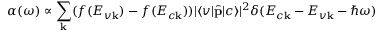
\alpha ( \omega ) \propto \sum _ { \mathbf { k } } ( f ( E _ { v \mathbf { k } } ) - f ( E _ { c \mathbf { k } } ) ) | \langle v | \hat { \mathbf { p } } | c \rangle | ^ { 2 } \delta ( { E _ { c \mathbf { k } } - E _ { v \mathbf { k } } - \hbar \omega } )